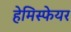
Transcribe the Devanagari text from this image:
हेमिस्फेयर